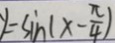
y = \sin ( x - \frac { \pi } { 4 } )